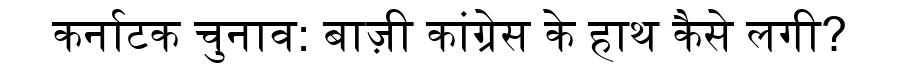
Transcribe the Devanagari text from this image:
कर्नाटक चुनाव: बाज़ी कांग्रेस के हाथ कैसे लगी?